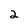
Character: 2